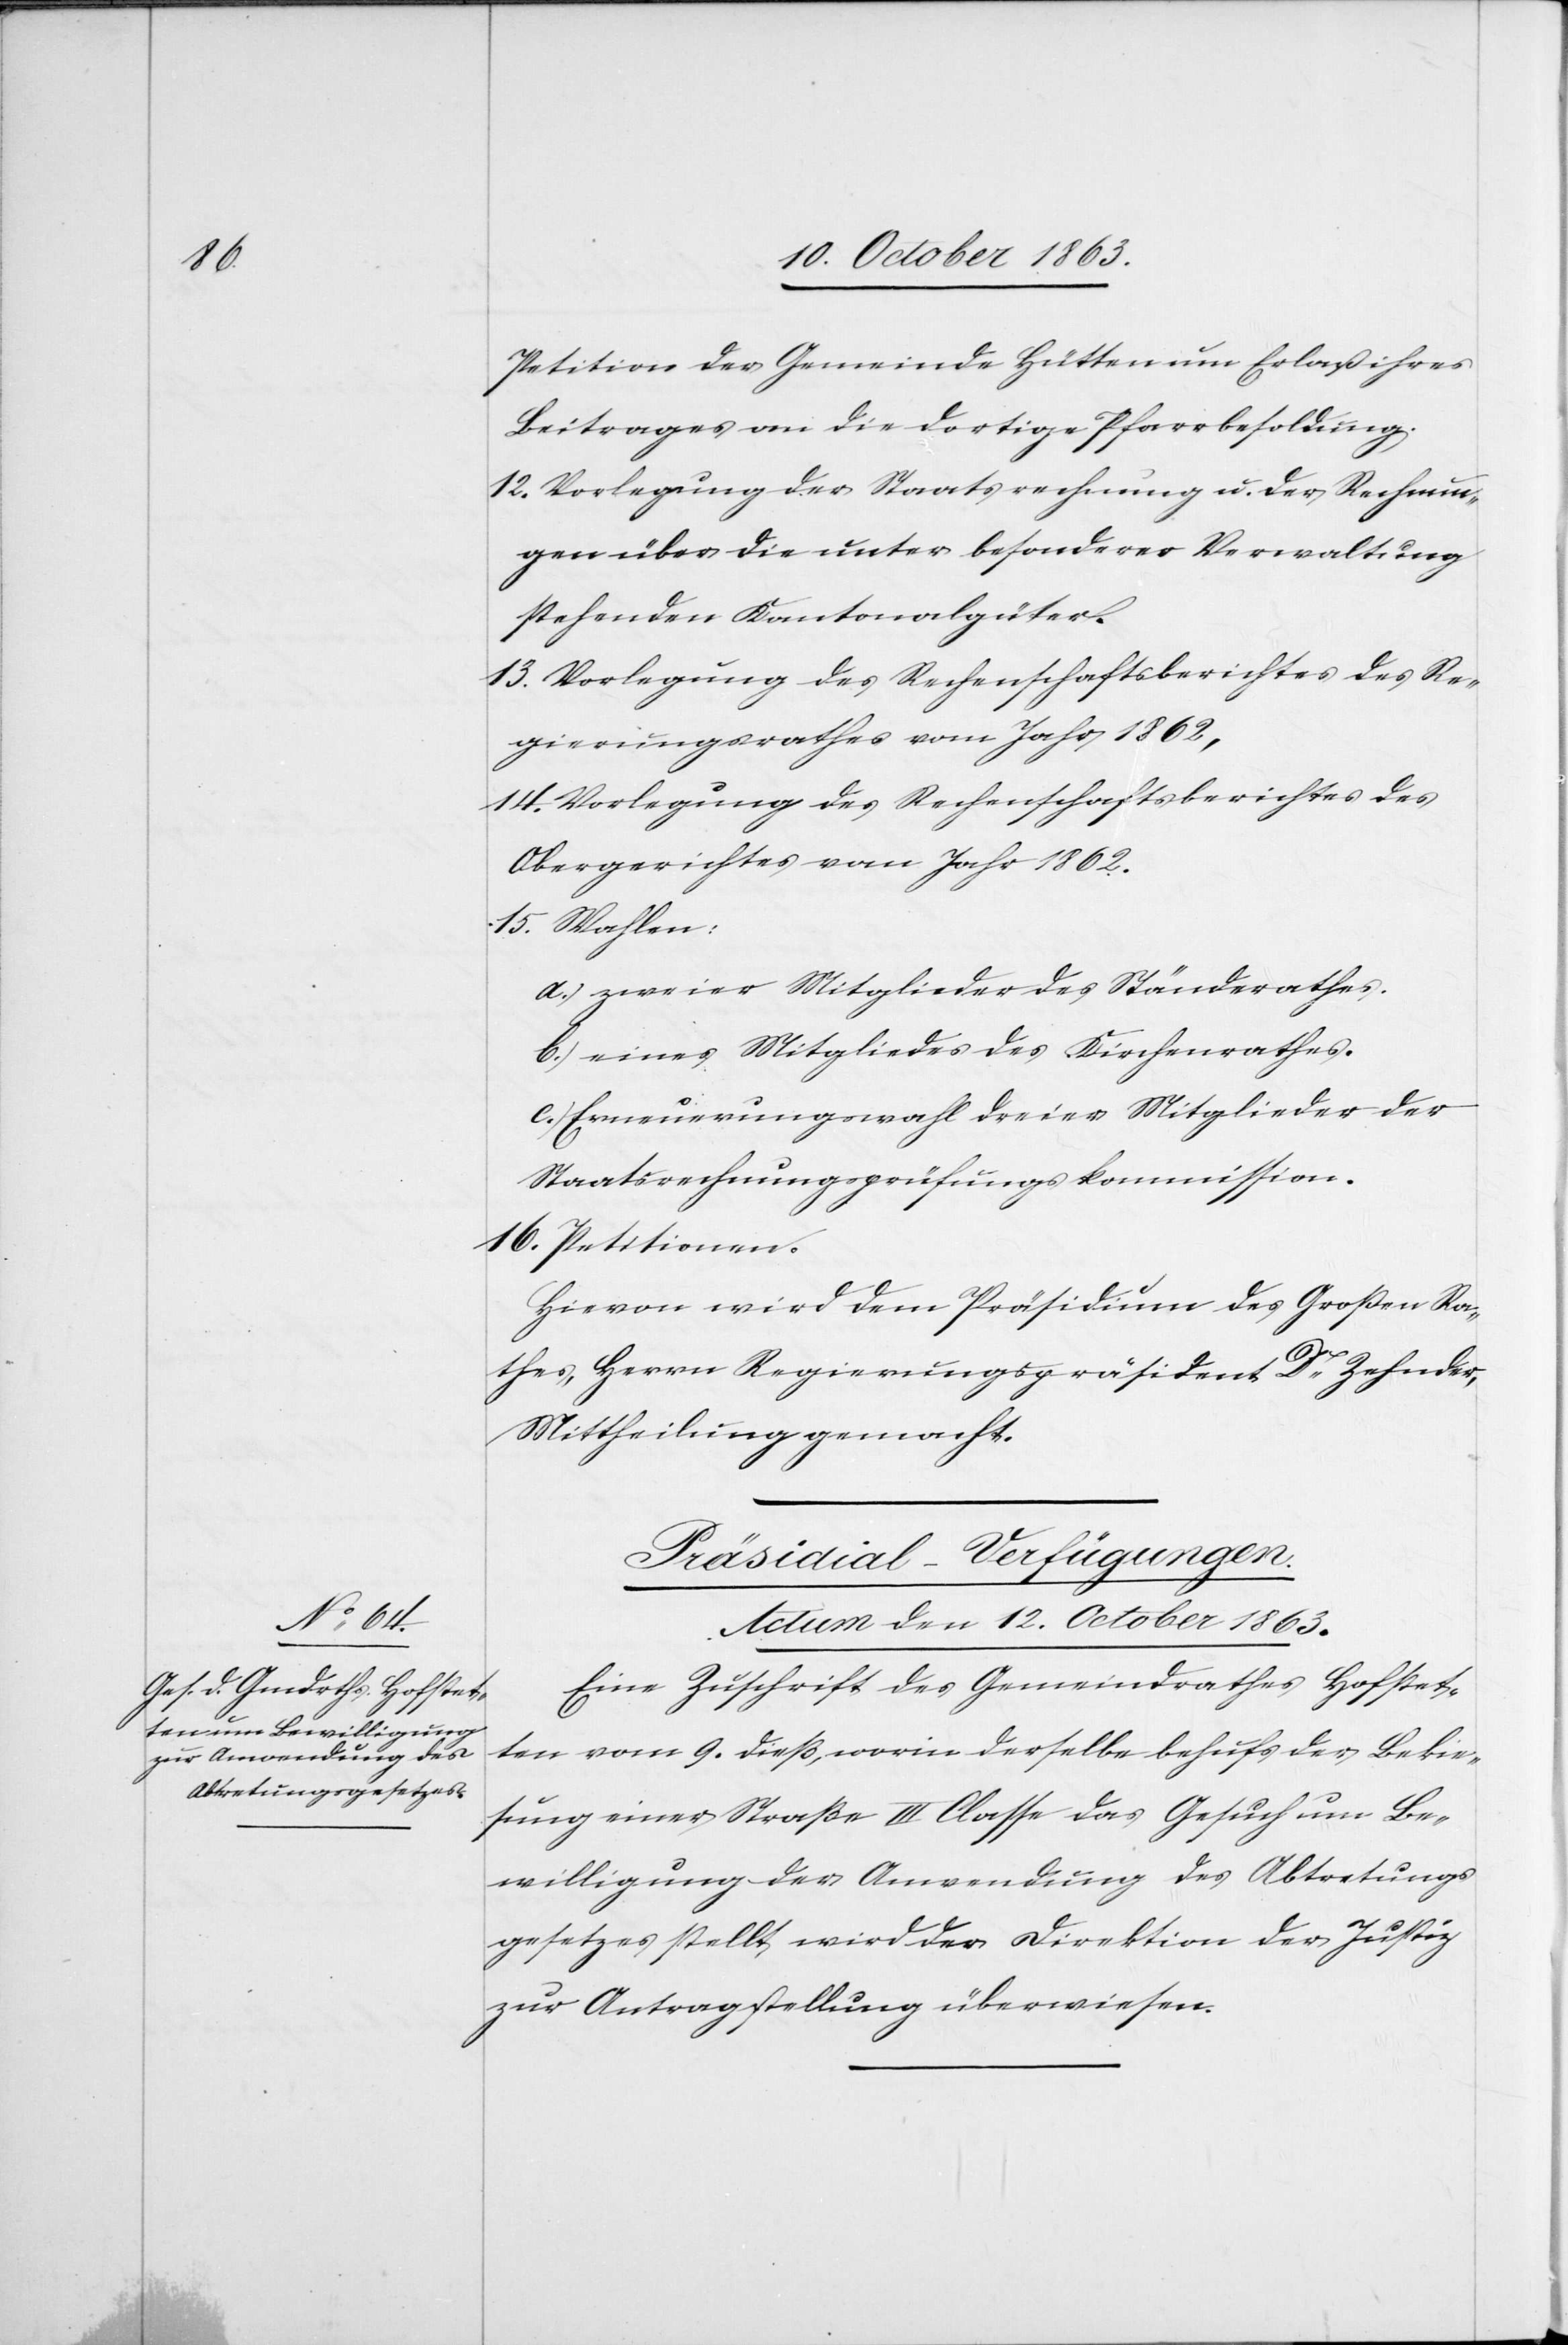
Petition der Gemeinde Hütten um Erlaß ihres
Beitrages an die dortige Pfarrbesoldung.
12. Vorlegung der Staatsrechnung u. der Rechnun¬
gen über die unter besonderer Verwaltung
stehenden Kantonalgüter.
13. Vorlegung des Rechenschaftsberichtes des Re¬
gierungsrathes vom Jahr 1862,
14. Vorlegung des Rechenschaftsberichtes des
Obergerichtes vom Jahr 1862.
15. Wahlen:
a.) zweier Mitglieder des Ständerathes.
b.) eines Mitgliedes des Kirchenrathes.
c.) Erneuerungswahl dreier Mitglieder der
Staatsrechnungsprüfungskommission.
16. Petitionen.
Hievon wird dem Präsidium des Großen Ra¬
thes, Herrn Regierungspräsident Dr Zehnder,
Mittheilung gemacht.
Präsidial-Verfügungen.
Actum den 12. October 1863.
Eine Zuschrift des Gemeindrathes Hofstet¬
ten vom 9. dieß, worin derselbe behufs der Bekie¬
sung einer Straße III Classe das Gesuch um Be¬
willigung der Anwendung des Abtretungs¬
gesetzes stellt wird der Direktion der Justiz
zur Antragstellung überwiesen.